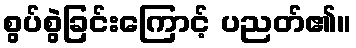
စွပ်စွဲခြင်းကြောင့် ပညတ်၏။